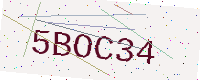
Text: 5BOC34